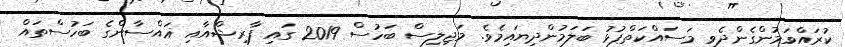
ކުރައްވަމުންގެންދެވި މަސައްކަތްޕުޅު ބަލަމުންދިޔައިމެވެ. މަޖިލިސް ބަހުސް 2019 ގައި ފާރިޝްއާއި ޣައްސާންގެ ބަހުސްތައް